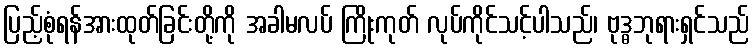
ပြည့်စုံရန်အားထုတ်ခြင်းတို့ကို အခါမလပ် ကြိုးကုတ် လုပ်ကိုင်သင့်ပါသည်၊ ဗုဒ္ဓဘုရားရှင်သည်